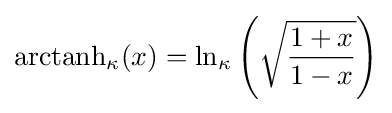
{\rm {arctanh}}_{\kappa }(x)=\ln _{\kappa }\left({\sqrt {\frac {1+x}{1-x}}}\right)